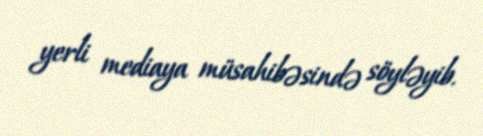
yerli mediaya müsahibəsində söyləyib.